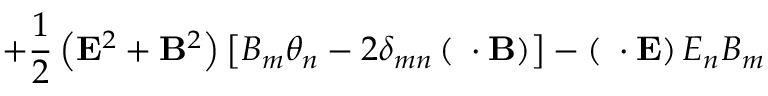
+ \frac 1 2 \left( { \bf E } ^ { 2 } + { \bf B } ^ { 2 } \right) \left[ B _ { m } \theta _ { n } - 2 \delta _ { m n } \left( { \bf \theta } \cdot { \bf B } \right) \right] - \left( { \bf \theta } \cdot { \bf E } \right) E _ { n } B _ { m }